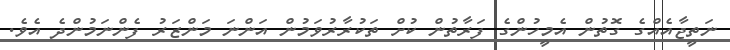
ނަތީޖާއެއްގެ ގޮތުން އެމީހުންގެ ފަރާތުން ކުށް ތަކުރާރުވަމުން އަންނަ މަންޒަރު ފެންނަމުންދެ އެވެ.